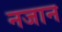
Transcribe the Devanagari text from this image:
नजान